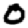
Digit: 0